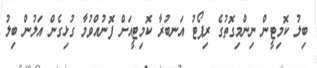
ބިލު ކޮމިޓީން ނިންމިގޮތުގެ ރިޕޯޓު އަނބުރާ ކޮމިޓީއަށް ފޮނުއްވުމާ ގުޅިގެން އަލުން ބިލު